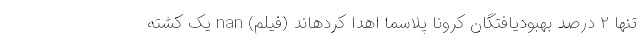
تنها ۲ درصد بهبودیافتگان کرونا پلاسما اهدا کردهاند (فیلم) nan یک کشته